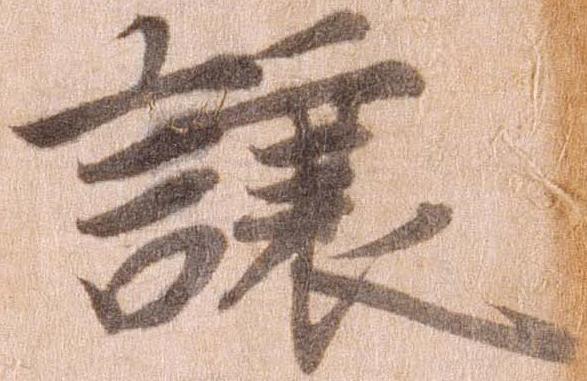
譲